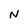
Character: N